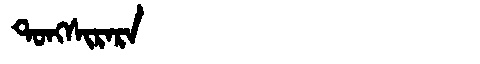
Manchu: ᡨᠣᠩᠰᡳᡵᠠᡵᠠ
Romanization: TONGSIRARA